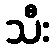
သီး